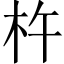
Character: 杵